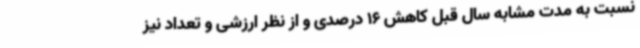
نسبت به مدت مشابه سال قبل کاهش 16 درصدی و از نظر ارزشی و تعداد نیز